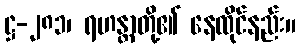
ဋ္ဌ-၂၈၁၊ ရဟန္တာတို့၏ နေထိုင်နည်း။